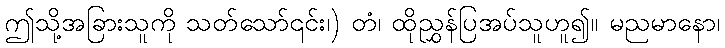
ဤသို့အခြားသူကို သတ်သော်၎င်း၊) တံ၊ ထိုညွှန်ပြအပ်သူဟူ၍။ မညမာနော၊